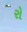
રો